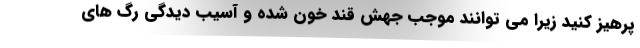
پرهیز کنید زیرا می توانند موجب جهش قند خون شده و آسیب دیدگی رگ های